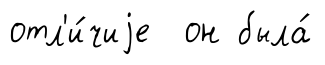
отл'и́чиjе он была́